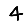
Digit: 4